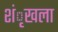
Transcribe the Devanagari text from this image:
शंृखला